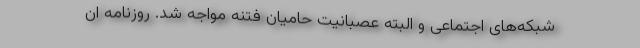
شبکه‌های اجتماعی و البته عصبانیت حامیان فتنه مواجه شد. روزنامه ان